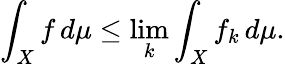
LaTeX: \int_{X}f\, d\mu\leq\operatorname*{lim}_{k}\int_{X}f_{k}\, d\mu.